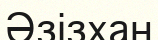
Әзізхан